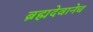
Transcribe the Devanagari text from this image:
ब्रह्मदेवानेच